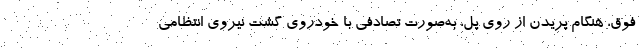
فوق، هنگام پریدن از روی پل، به‌صورت تصادفی با خودروی گشت نیروی انتظامی